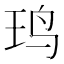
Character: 𱉍